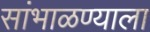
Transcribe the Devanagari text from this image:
सांभाळण्याला